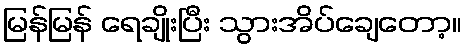
မြန်မြန် ရေချိုးပြီး သွားအိပ်ချေတော့။